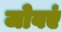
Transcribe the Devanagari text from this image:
जोवएं